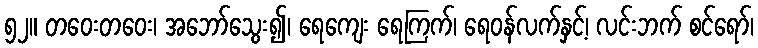
၅၂။ တဝေးတဝေး၊ အဘော်သွေး၍၊ ရေကျေး ရေကြက်၊ ရေဝန်လက်နှင့်၊ လင်းဘက် စင်ရော်၊